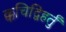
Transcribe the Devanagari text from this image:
क्कचिद्विहर्तुं